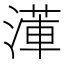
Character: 𭱺